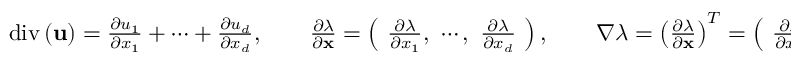
\begin{array} { r } { \mathrm { d i v } \left( \mathbf { u } \right) = \frac { \partial u _ { 1 } } { \partial x _ { 1 } } + \cdots + \frac { \partial u _ { d } } { \partial x _ { d } } , \qquad \frac { \partial \lambda } { \partial \mathbf { x } } = \left( \ \frac { \partial \lambda } { \partial x _ { 1 } } , \ \cdots , \ \frac { \partial \lambda } { \partial x _ { d } } \ \right) , \qquad \nabla \lambda = \left( \frac { \partial \lambda } { \partial \mathbf { x } } \right) ^ { T } = \left( \ \frac { \partial \lambda } { \partial x _ { 1 } } , \ \cdots , \ \frac { \partial \lambda } { \partial x _ { d } } \ \right) ^ { T } . } \end{array}